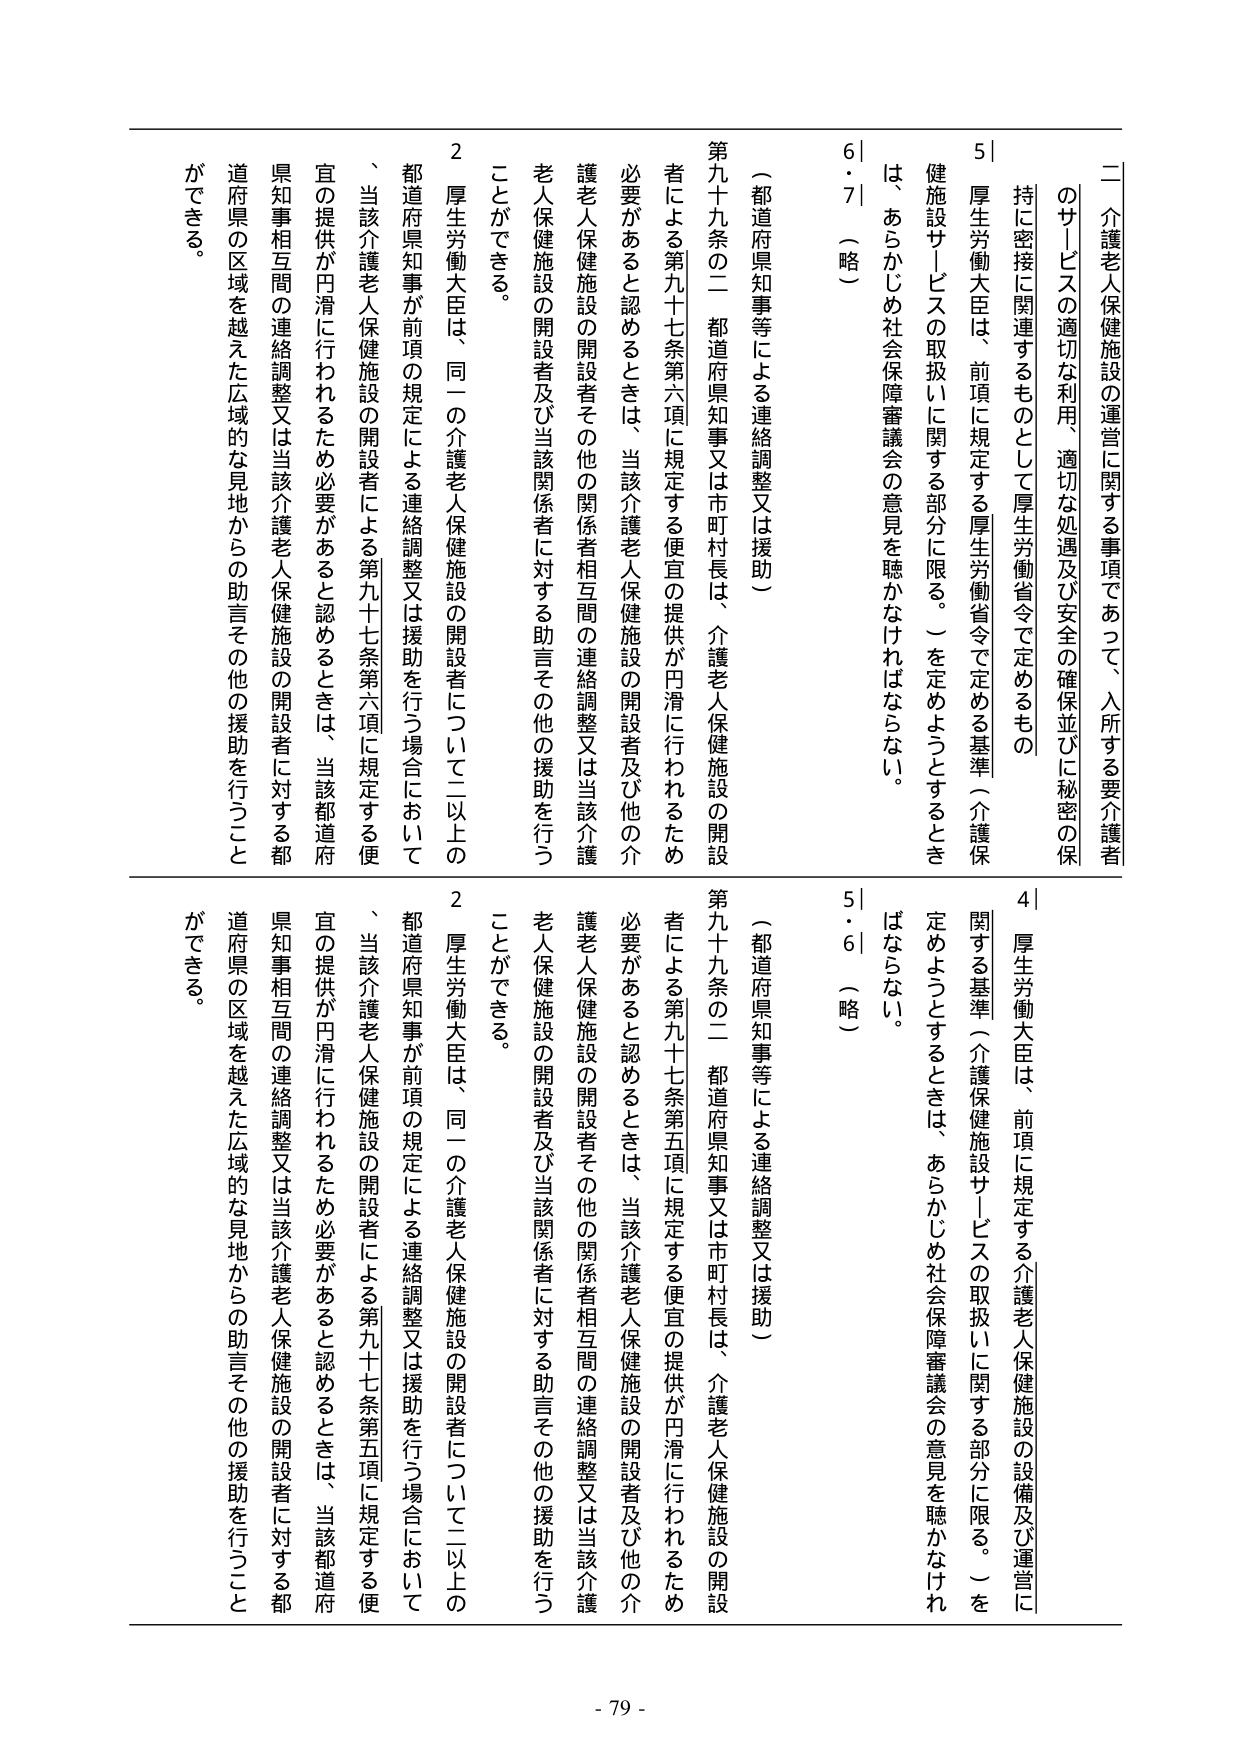
二 介護老人保健施設の運営に関する事項であって、入所する要介護者のサービスの適切な利用、適切な処遇及び安全の確保並びに秘密の保持に密接に関連するものとして厚生労働省令で定めるもの

5｜厚生労働大臣は、前項に規定する厚生労働省令で定める基準（介護保健施設サービスの取扱いに関する部分に限る。）を定めようとするときは、あらかじめ社会保障審議会の意見を聴かなければならない。

6・7｜（略）

（都道府県知事等による連絡調整又は援助）

第九十九条の二 都道府県知事又は市町村長は、介護老人保健施設の開設者による第九十七条第六項に規定する便宜の提供が円滑に行われるため必要があると認めるときは、当該介護老人保健施設の開設者及び他の介護老人保健施設の開設者その他の関係者相互間の連絡調整又は当該介護老人保健施設の開設者及び当該関係者に対する助言その他の援助を行うことができる。

2 厚生労働大臣は、同一の介護老人保健施設の開設者について二以上の都道府県知事が前項の規定による連絡調整又は援助を行う場合において、当該介護老人保健施設の開設者による第九十七条第六項に規定する便宜の提供が円滑に行われるため必要があると認めるときは、当該都道府県知事相互間の連絡調整又は当該介護老人保健施設の開設者に対する都道府県の区域を越えた広域的な見地からの助言その他の援助を行うことができる。

4｜厚生労働大臣は、前項に規定する介護老人保健施設の設備及び運営に関する基準（介護保健施設サービスの取扱いに関する部分に限る。）を定めようとするときは、あらかじめ社会保障審議会の意見を聴かなければならない。

5・6｜（略）

（都道府県知事等による連絡調整又は援助）

第九十九条の二 都道府県知事又は市町村長は、介護老人保健施設の開設者による第九十七条第五項に規定する便宜の提供が円滑に行われるため必要があると認めるときは、当該介護老人保健施設の開設者及び他の介護老人保健施設の開設者その他の関係者相互間の連絡調整又は当該介護老人保健施設の開設者及び当該関係者に対する助言その他の援助を行うことができる。

2 厚生労働大臣は、同一の介護老人保健施設の開設者について二以上の都道府県知事が前項の規定による連絡調整又は援助を行う場合において、当該介護老人保健施設の開設者による第九十七条第五項に規定する便宜の提供が円滑に行われるため必要があると認めるときは、当該都道府県知事相互間の連絡調整又は当該介護老人保健施設の開設者に対する都道府県の区域を越えた広域的な見地からの助言その他の援助を行うことができる。

- 79 -